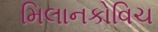
મિલાનકોવિચ